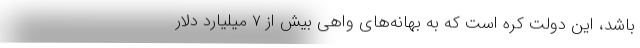
باشد، این دولت کره است که به بهانه‌های واهی بیش از ۷ میلیارد دلار